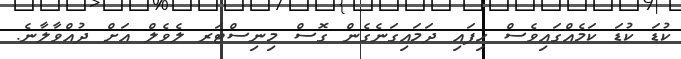
ކުޑަ ކުޑަ ކަމެއްގައިވެސް ހިފައި ދަމައިގަނެގެން ގޮސް މިނިސްޓަރ ލެވެލް އަށް ދުއްވާލާނެ.